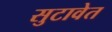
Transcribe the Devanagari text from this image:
सुटावेत